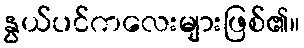
နွယ်ပင်ကလေးများဖြစ်၏။